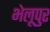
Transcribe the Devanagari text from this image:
भेलूपुर